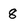
Character: 8